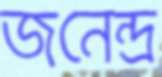
জনেন্দ্র